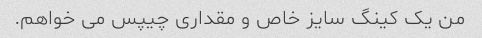
من یک کینگ سایز خاص و مقداری چیپس می خواهم.